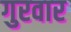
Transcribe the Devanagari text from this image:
गुरवार